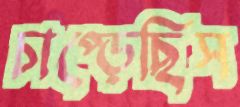
চাপ্‌ড়েছিস